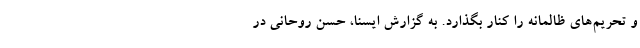
و تحریم‌های ظالمانه را کنار بگذارد. به گزارش ایسنا، حسن روحانی در